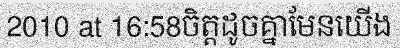
2010 at 16:58ចិត្តដូចគ្នាមែនយើង